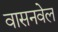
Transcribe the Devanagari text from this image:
वासनवेल